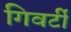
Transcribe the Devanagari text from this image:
गिवर्टी